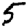
Digit: 5